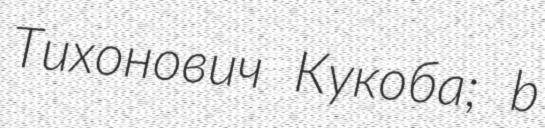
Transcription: Тихонович Кукоба; b